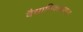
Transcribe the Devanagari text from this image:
वैधानिकप्रयास